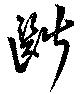
断